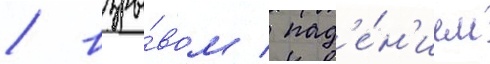
/ взры́вом / пад'е́н'ием